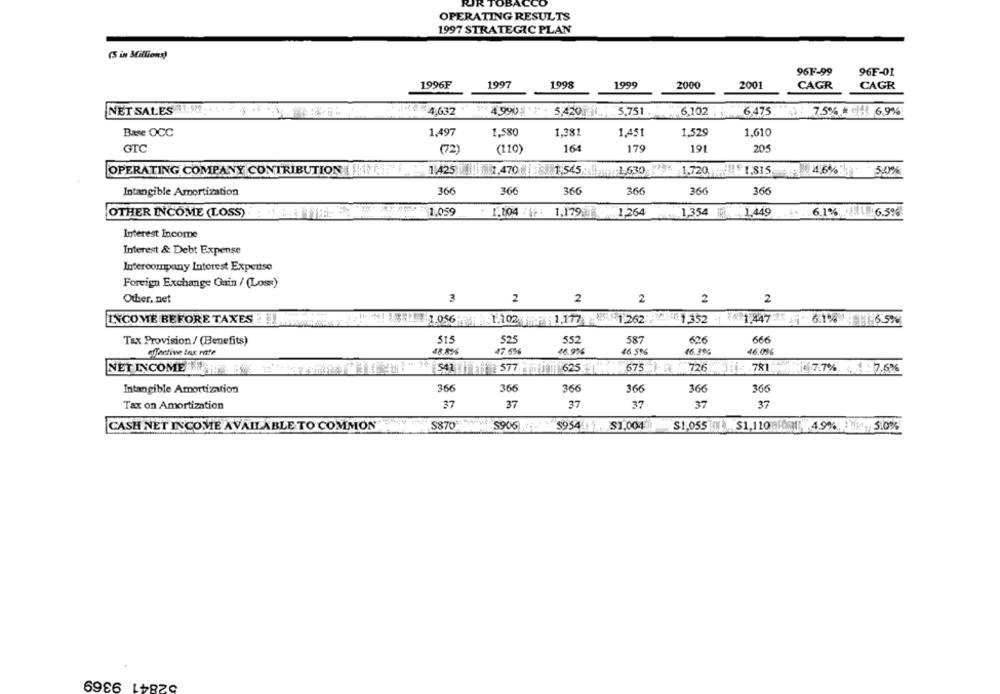
OPERATING RESULTS
1997 STRATEGIC PLAN
(5 in Millions)
96F-99
96F-01
1996₣
1997
1998
1999
2000
2001
CAGR
CAGR
NET SALES
(4,632
4.990% '7 - 5,420 7.5,751
6,102 "6475. "> 7.5% # 143 6.9%
Base OCC
1,497
1,580
1,381
1,529
1,610
1,451
GTC
(72
(110)
16
179
19
205
OPERATING COMPANY CONTRIBUTION
1425 ||||1.470 |1.545
1.630-19 1.720
51.815
4.6%35
5.0%
Intangible Amortization
366
366
366
366
366
366
OTHER INCOME (LOSS)
1.059
1.104 / 5: 1,179
1.264
1,354 1.449
. .. 6.1%
1516.5%
Interest Income
Interest & Debt Expense
Intercompany Interest Expense
Foreign Exchange Gain / (Loss)
Other, net
3
2
2
2
2
2
INCOME BEFORE TAXES
- ! ! : 056 1.102 1.177 8 1262 1352 1.447 6.1% 6.5%
515
525
552
587
626
666
Tax Provision / (Benefits)
effective tax rate
48.836
47.5%
46.91%
46. 596
46.396
46.096
NET INCOME 577 625 675 726 1 781 7.7% 7.6%
Intangible Amortization
366
366
366
366
366
366
Tax on Amortization
37
37
37
37
37
37
$954 11
CASH NET INCOME AVAILABLE TO COMMON
S870
S906
$1,004
S1,055 $1,110 131 4.9%: 12 5.0%
52841 9369